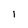
Character: 1